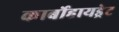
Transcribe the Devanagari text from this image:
कार्बोहायड्रेट